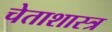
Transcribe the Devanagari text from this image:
चेताशास्त्र